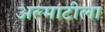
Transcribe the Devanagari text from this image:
अल्माटीला